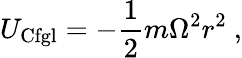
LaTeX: {U}_{\mathrm{Cfgl}}=-{\frac{1}{2}}m\Omega^{2}r^{2}\ ,